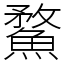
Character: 䱯